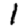
Digit: 1